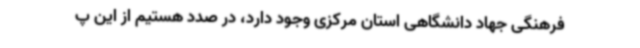
فرهنگی جهاد دانشگاهی استان مرکزی وجود دارد، در صدد هستیم از این پ